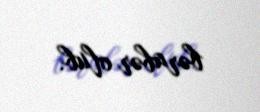
bərabər olub.